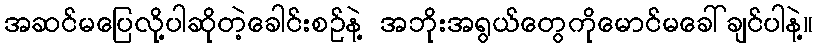
အဆင်မပြေလို့ပါဆိုတဲ့ခေါင်းစဉ်နဲ့ အဘိုးအရွယ်တွေကိုမောင်မခေါ်ချင်ပါနဲ့။